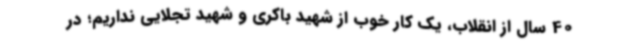
40 سال از انقلاب، یک کار خوب از شهید باکری و شهید تجلایی نداریم؛ در